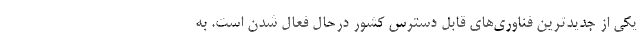
یکی از جدیدترین فناوری‌های قابل دسترس کشور درحال فعال شدن است. به